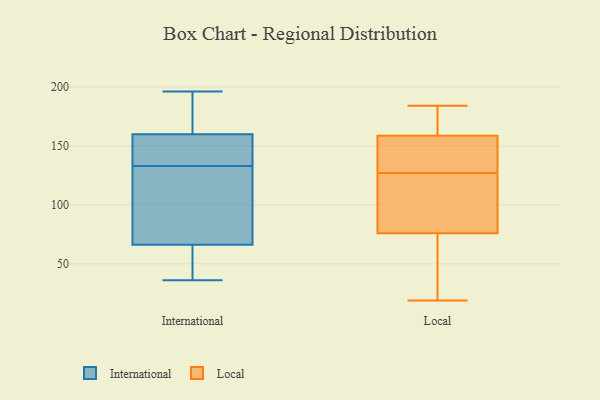
{"axis": {"x": "Latency (ms)", "y": "Value"}, "legend": ["International", "Local"], "data": [{"x": "", "y": 136, "type": "International"}, {"x": "", "y": 99, "type": "International"}, {"x": "", "y": 94, "type": "International"}, {"x": "", "y": 196, "type": "International"}, {"x": "", "y": 57, "type": "International"}, {"x": "", "y": 167, "type": "International"}, {"x": "", "y": 44, "type": "International"}, {"x": "", "y": 133, "type": "International"}, {"x": "", "y": 173, "type": "International"}, {"x": "", "y": 36, "type": "International"}, {"x": "", "y": 138, "type": "International"}, {"x": "", "y": 75, "type": "Local"}, {"x": "", "y": 19, "type": "Local"}, {"x": "", "y": 157, "type": "Local"}, {"x": "", "y": 79, "type": "Local"}, {"x": "", "y": 129, "type": "Local"}, {"x": "", "y": 125, "type": "Local"}, {"x": "", "y": 150, "type": "Local"}, {"x": "", "y": 142, "type": "Local"}, {"x": "", "y": 40, "type": "Local"}, {"x": "", "y": 81, "type": "Local"}, {"x": "", "y": 167, "type": "Local"}, {"x": "", "y": 77, "type": "Local"}, {"x": "", "y": 181, "type": "Local"}, {"x": "", "y": 160, "type": "Local"}, {"x": "", "y": 22, "type": "Local"}, {"x": "", "y": 184, "type": "Local"}]}